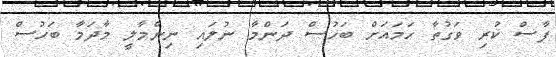
ފާސް ކުރި ވަގުތާ ހަމައަށް ބަހުސް ދަންމާ ނުލައި ނިންމާލީ މާދަމާ ބަހުސް